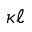
\kappa \ell